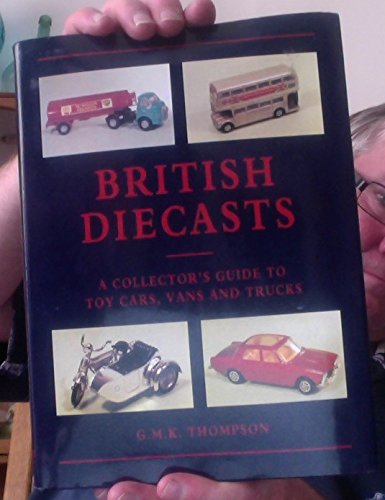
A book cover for British Diecasts: A Collector's Guide to Toy Cars, Vans and Trucks; G. M. K. Thompson; Crafts, Hobbies & Home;